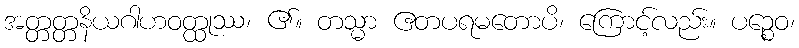
အတ္တတ္တနိယဂါဟဝတ္ထုဿ၊ ၏။ တသ္မာ ဧတပရမတောပိ၊ ကြောင့်လည်း။ ပဉ္စေဝ၊